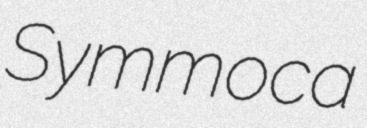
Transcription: Symmoca